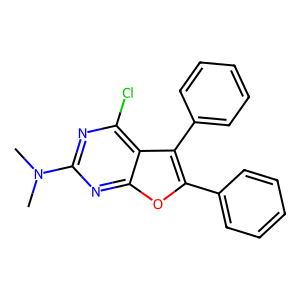
SMILES: CN(C)c1nc(Cl)c2c(-c3ccccc3)c(-c3ccccc3)oc2n1
Inhibits HIV replication: No